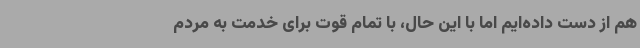
هم از دست داده‌ایم اما با این حال، با تمام قوت برای خدمت به مردم